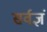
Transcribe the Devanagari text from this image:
सर्वज्ञं